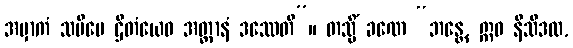
အမှာကံ သမီပေ ဌိတံယေဝ အတ္တာနံ ဒဿေတိ”။ တသ္မိံ ခဏေ “ဘန္တေ, ဣဓ နိသီဒထ,